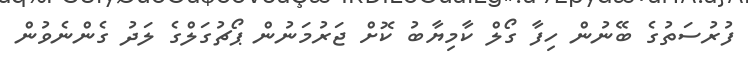
ފުރުސަތުގެ ބޭނުން ހިފާ ގޯލް ކާމިޔާބު ކޮށް ޖަރުމަނުން ޕޯޗުގަލްގެ ލަދު ގެންނެވުން